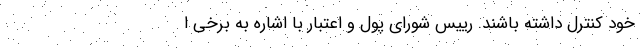
خود کنترل داشته باشند. رییس شورای پول و اعتبار با اشاره به برخی ا